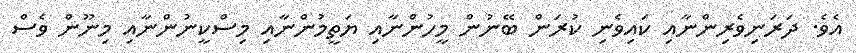
އެވެ. ދަރަނިވެރިންނާއި ކައިވެނި ކުރަން ބޭނުން މީހުންނާއި ޔަތީމުންނާއި މިސްކީނުންނާއި މިނޫން ވެސް